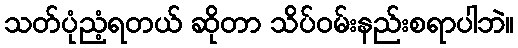
သတ်ပုံညံ့ရတယ် ဆိုတာ သိပ်ဝမ်းနည်းစရာပါဘဲ။